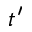
t ^ { \prime }